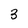
Character: 3